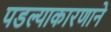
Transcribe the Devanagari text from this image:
पडल्याकारणाने